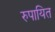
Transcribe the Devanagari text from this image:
रुपायित